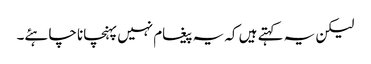
لیکن یہ کہتے ہیں کہ یہ پیغام نہیں پہنچانا چاہئے۔